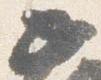
如